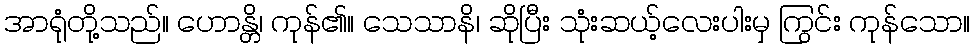
အာရုံတို့သည်။ ဟောန္တိ၊ ကုန်၏။ သေသာနိ၊ ဆိုပြီး သုံးဆယ့်လေးပါးမှ ကြွင်း ကုန်သော။